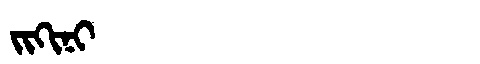
Manchu: ᠵᡳᡴᡳᠨᡳ
Romanization: JIKINI